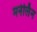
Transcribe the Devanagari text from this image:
मनेर्लिन